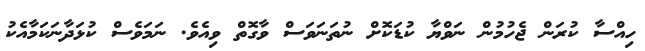
ހިއްސާ ކުރަން ޖެހުމުން ނަވްޔާ ކުޑަކޮށް ނުތަނަވަސް ވާގޮތް ވިއެވެ. ނަމަވެސް ކުޅަދާނަކަމާއެކު